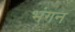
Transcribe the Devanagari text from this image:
भंगन